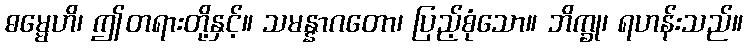
ဓမ္မေဟိ၊ ဤတရားတို့နှင့်။ သမန္နာဂတော၊ ပြည့်စုံသော။ ဘိက္ခု၊ ရဟန်းသည်။